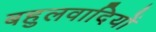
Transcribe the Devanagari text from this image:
बहुलवादियों